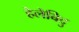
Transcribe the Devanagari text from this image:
हेलेबिदु